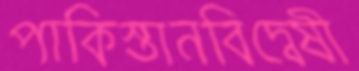
পাকিস্তানবিদ্বেষী